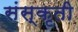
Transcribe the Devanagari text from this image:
संस्कृती